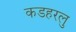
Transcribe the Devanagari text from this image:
कडहरलु